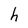
Character: h